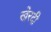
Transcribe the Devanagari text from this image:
खेरदी